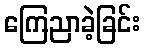
ကြေညာခဲ့ခြင်း